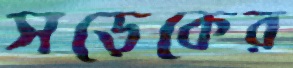
সড়েকের